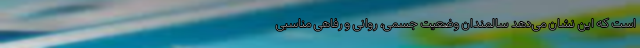
است که این نشان می‌دهد سالمندان وضعیت جسمی، روانی و رفاهی مناسبی